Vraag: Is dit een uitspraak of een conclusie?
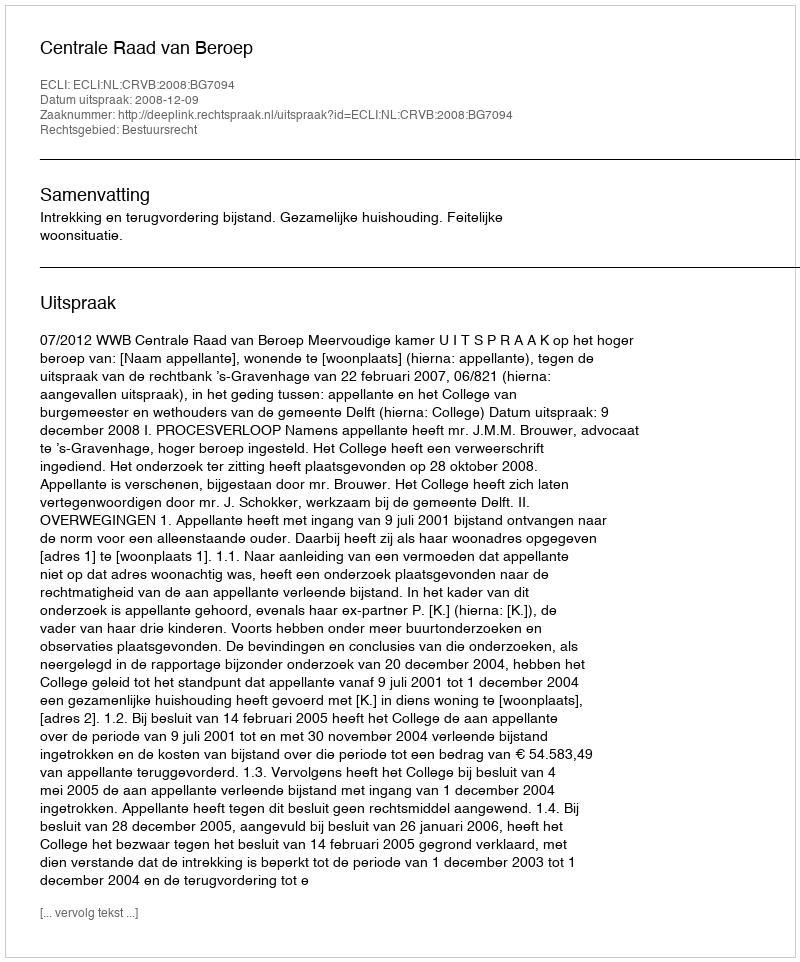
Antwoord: Uitspraak